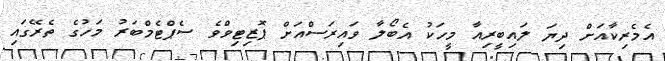
އެމެރިކާއަށް ދިޔަ ލައިބީރިއާ މީހަކު އެބޯލާ ވައިރަސްއަށް ޕޮޒިޓިވްވެ ސެޕްޓެމްބަރު މަހުގެ ތެރޭގައި